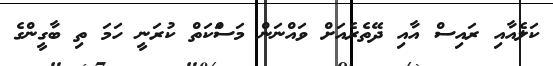
ކަލެއާއި ރައިސް އާއި ދޭތެރެއަށް ވައްނަން މަސަްކަތް ކުރަނީ ހަމަ ތި ބާގީންގެ